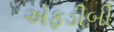
એફડીબી